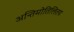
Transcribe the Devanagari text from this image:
अन्तिमोतिलितय